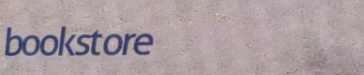
bookstore